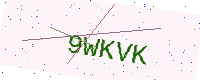
Text: 9WKVK